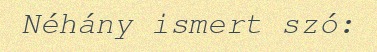
Néhány ismert szó: